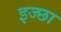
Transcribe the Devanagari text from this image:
इज्छा